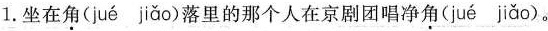
1. 坐在角( jué jiǎo )落里的那个人在京剧团唱净角( jué jiǎo )。